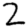
Digit: 2